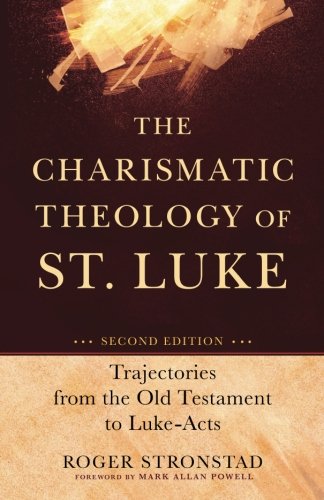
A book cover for The Charismatic Theology of St. Luke: Trajectories from the Old Testament to Luke-Acts; Roger Stronstad; Christian Books & Bibles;